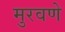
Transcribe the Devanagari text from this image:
मुरवणे